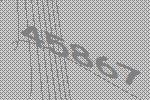
45867